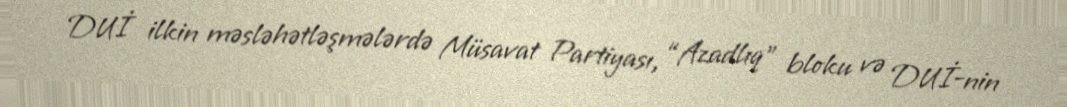
DUİ ilkin məsləhətləşmələrdə Müsavat Partiyası, “Azadlıq” bloku və DUİ-nin